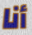
أنا